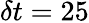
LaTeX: \delta t=25